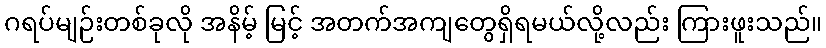
ဂရပ်မျဉ်းတစ်ခုလို အနိမ့် မြင့် အတက်အကျတွေရှိရမယ်လို့လည်း ကြားဖူးသည်။